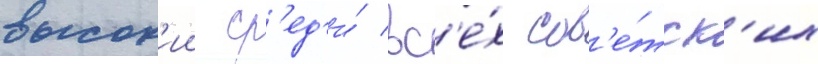
высок'ии ср'ед'и́ вс'е́х сов'е́тск'их